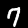
Digit: 7